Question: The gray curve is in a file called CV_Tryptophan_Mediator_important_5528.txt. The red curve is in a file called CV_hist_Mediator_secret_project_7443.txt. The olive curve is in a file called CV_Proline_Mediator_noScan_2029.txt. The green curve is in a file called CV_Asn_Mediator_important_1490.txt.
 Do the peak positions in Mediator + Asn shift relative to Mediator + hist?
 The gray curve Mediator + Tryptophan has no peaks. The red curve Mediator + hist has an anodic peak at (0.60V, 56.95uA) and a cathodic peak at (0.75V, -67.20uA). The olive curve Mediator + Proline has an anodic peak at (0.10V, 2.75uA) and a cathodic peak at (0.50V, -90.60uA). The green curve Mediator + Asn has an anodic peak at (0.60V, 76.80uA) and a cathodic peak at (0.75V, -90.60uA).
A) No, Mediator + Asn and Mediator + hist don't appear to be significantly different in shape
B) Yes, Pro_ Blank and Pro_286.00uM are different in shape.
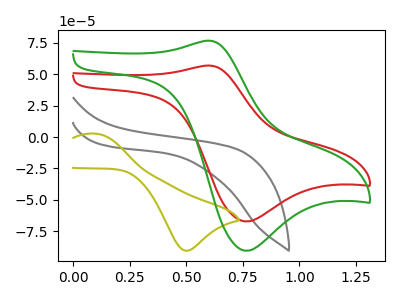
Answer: <think>All the peaks in "Mediator + Asn" have a peak in "Mediator + hist" at the same potential. Every peak in "Mediator + Asn" is higher than every peak in "Mediator + hist".
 </think>
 <answer>A) No, "Mediator + Asn" and "Mediator + hist" don't appear to be significantly different in shape</answer>
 <eval>A</eval>